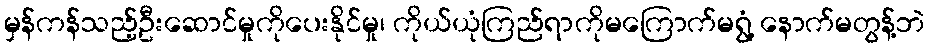
မှန်ကန်သည့်ဦးဆောင်မှုကိုပေးနိုင်မှု၊ ကိုယ်ယုံကြည်ရာကိုမကြောက်မရွံ့ နောက်မတွန့်ဘဲ